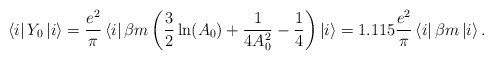
\begin{align*}\left\langle i\right|Y_0 \left| i \right\rangle =\frac {e^2}\pi\left\langle i \right| \beta m \left( \frac 32\ln(A_0) +\frac 1{4A_0^2} - \frac 14\right)\left| i \right\rangle = 1.115\frac{e^2}\pi\left\langle i \right|\beta m\left| i \right\rangle.\end{align*}